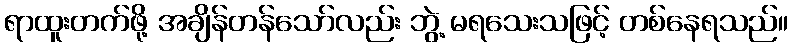
ရာထူးတက်ဖို့ အချိန်တန်သော်လည်း ဘွဲ့ မရသေးသဖြင့် တစ်နေရသည်။